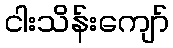
ငါးသိန်းကျော်